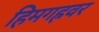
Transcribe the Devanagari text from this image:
हिमगह्रवर